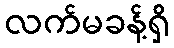
လက်မခန့်ရှိ